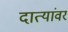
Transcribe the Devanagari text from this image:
दात्यांवर